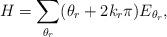
LaTeX: \begin{align*}H=\sum_{\theta_r} (\theta_r+2k_r\pi) E_{\theta_r},\end{align*}